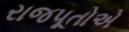
રાજપૂતોએ